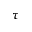
\tau